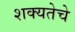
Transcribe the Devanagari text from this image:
शक्यतेचे